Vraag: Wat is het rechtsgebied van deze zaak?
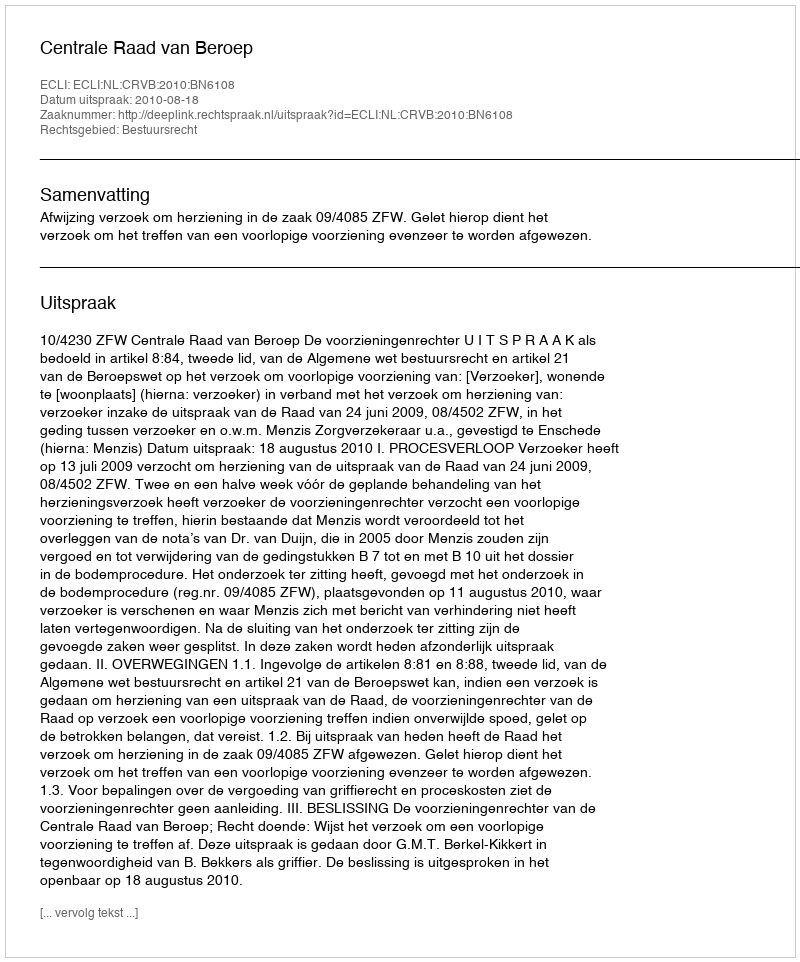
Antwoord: Bestuursrecht